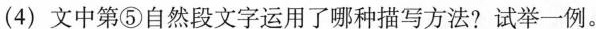
(4)文中第⑤自然段文字运用了哪种描写方法?试举一例。